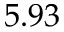
5 . 9 3